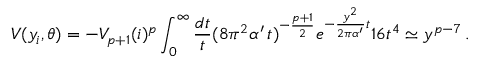
V ( y _ { i } , \theta ) = - V _ { p + 1 } ( i ) ^ { p } \int _ { 0 } ^ { \infty } \frac { d t } { t } ( 8 \pi ^ { 2 } \alpha ^ { \prime } \, t ) ^ { - \frac { p + 1 } { 2 } } e ^ { - \frac { y ^ { 2 } } { 2 \pi \alpha ^ { \prime } } t } 1 6 t ^ { 4 } \simeq y ^ { p - 7 } \, .